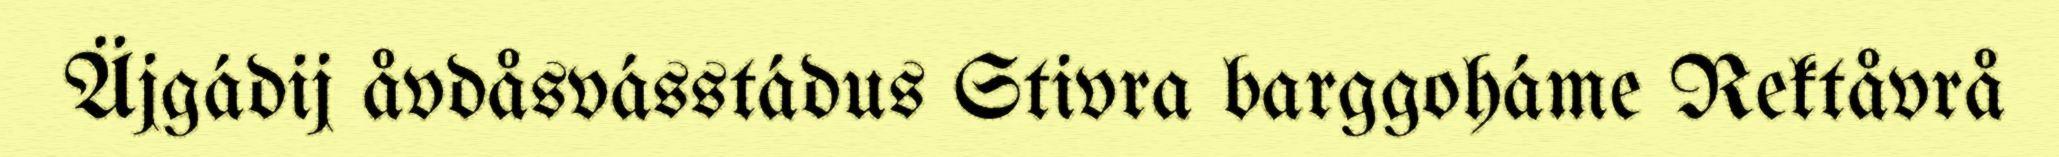
Äjgádij åvdåsvásstádus Stivra barggoháme Rektåvrå